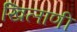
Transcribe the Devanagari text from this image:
खिलाणी